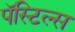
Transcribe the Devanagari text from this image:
पॅस्टिल्स